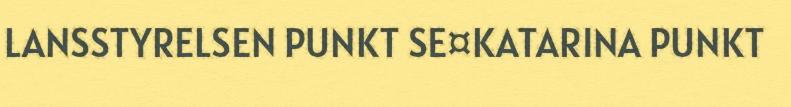
LANSSTYRELSEN PUNKT SE¤KATARINA PUNKT